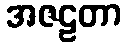
အဇဠတာ